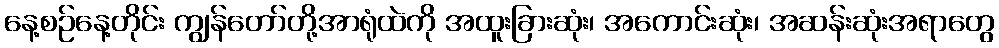
နေ့စဉ်နေ့တိုင်း ကျွန်တော်တို့အာရုံထဲကို အထူးခြားဆုံး၊ အကောင်းဆုံး၊ အဆန်းဆုံးအရာတွေ